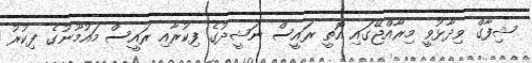
ޝިފާގް ވިދާޅުވީ މިރާއްޖޭގައި އޮތީ ރައީސް ނަޝީދުގެ ފިކުރާއި ރައީސް މައުމޫނުގެ ފިކުރު